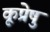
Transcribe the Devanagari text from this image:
कूप्रेषु